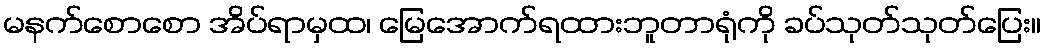
မနက်စောစော အိပ်ရာမှထ၊ မြေအောက်ရထားဘူတာရုံကို ခပ်သုတ်သုတ်ပြေး။